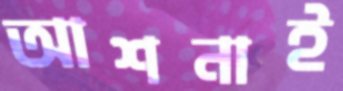
আশনাই